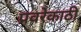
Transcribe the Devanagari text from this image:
प्रवरेकाठी